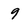
Character: 9